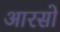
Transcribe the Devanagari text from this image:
आरसो